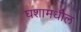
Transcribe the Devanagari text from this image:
घशामधील